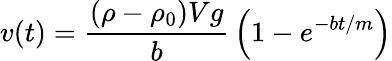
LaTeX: v(t)={\frac{(\rho-\rho_{0})Vg}{b}}\left(1-e^{-bt/m}\right)